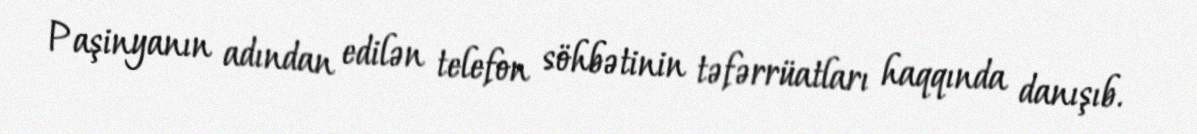
Paşinyanın adından edilən telefon söhbətinin təfərrüatları haqqında danışıb.